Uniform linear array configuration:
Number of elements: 4
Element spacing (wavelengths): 0.75
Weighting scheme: cosine
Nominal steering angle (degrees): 15
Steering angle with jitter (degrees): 14.499
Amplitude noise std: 0.05
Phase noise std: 0.05

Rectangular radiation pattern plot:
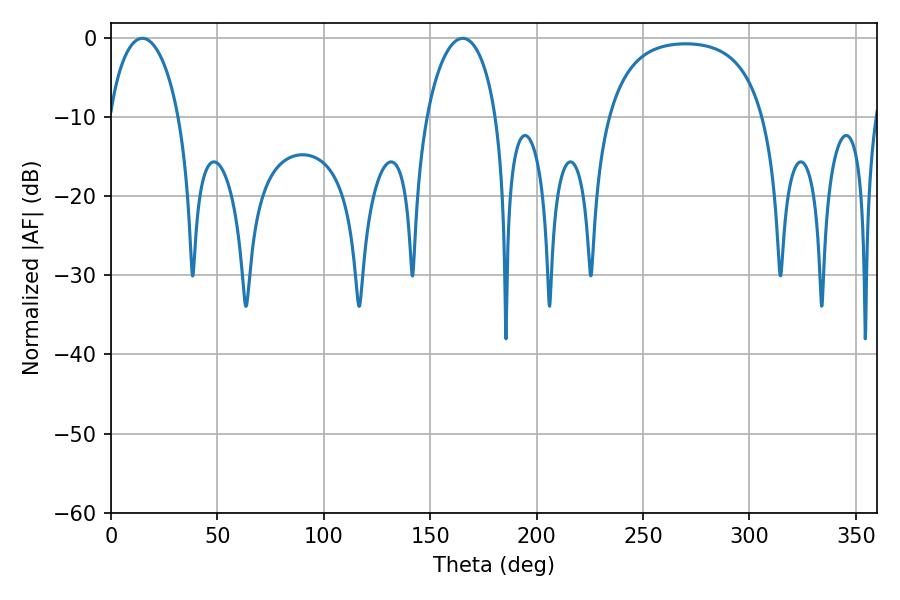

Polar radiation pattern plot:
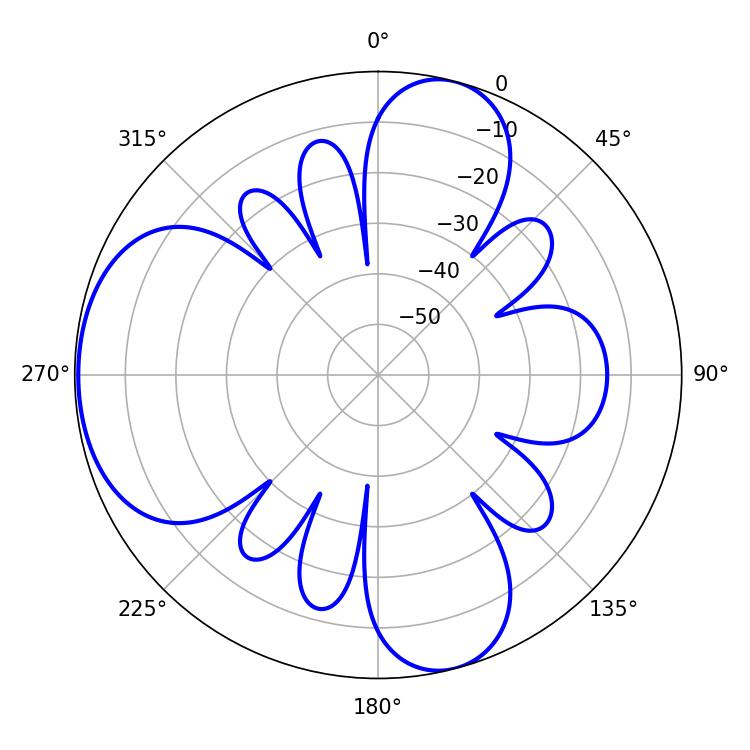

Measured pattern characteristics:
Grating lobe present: TRUE
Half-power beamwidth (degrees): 18.9
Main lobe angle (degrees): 14.76